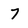
Character: 7